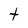
Character: t